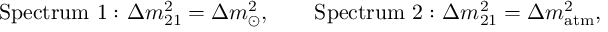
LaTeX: \mathrm { S p e c t r u m ~ 1 : } \ \Delta m _ { 2 1 } ^ { 2 } = \Delta m _ { \odot } ^ { 2 } , \qquad \mathrm { S p e c t r u m ~ 2 : } \ \Delta m _ { 2 1 } ^ { 2 } = \Delta m _ { \mathrm { a t m } } ^ { 2 } ,